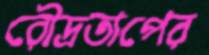
রৌদ্রতাপের